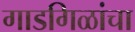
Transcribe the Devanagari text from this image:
गाडगिळांचा